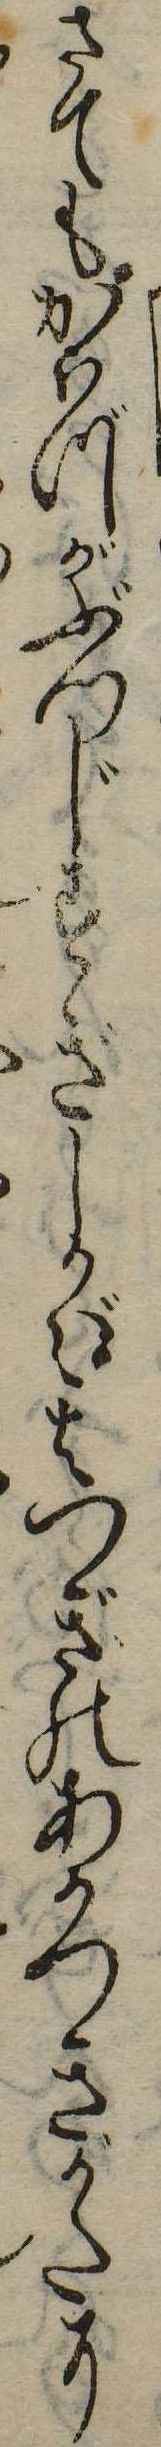
さてもかはづがぶつじすぎしかば其つぎのあかつきがたに